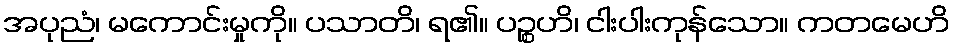
အပုညံ၊ မကောင်းမှုကို။ ပသာတိ၊ ရ၏။ ပဉ္စဟိ၊ ငါးပါးကုန်သော။ ကတမေဟိ